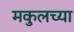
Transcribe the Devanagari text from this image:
मकुलच्या